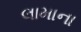
લામાના